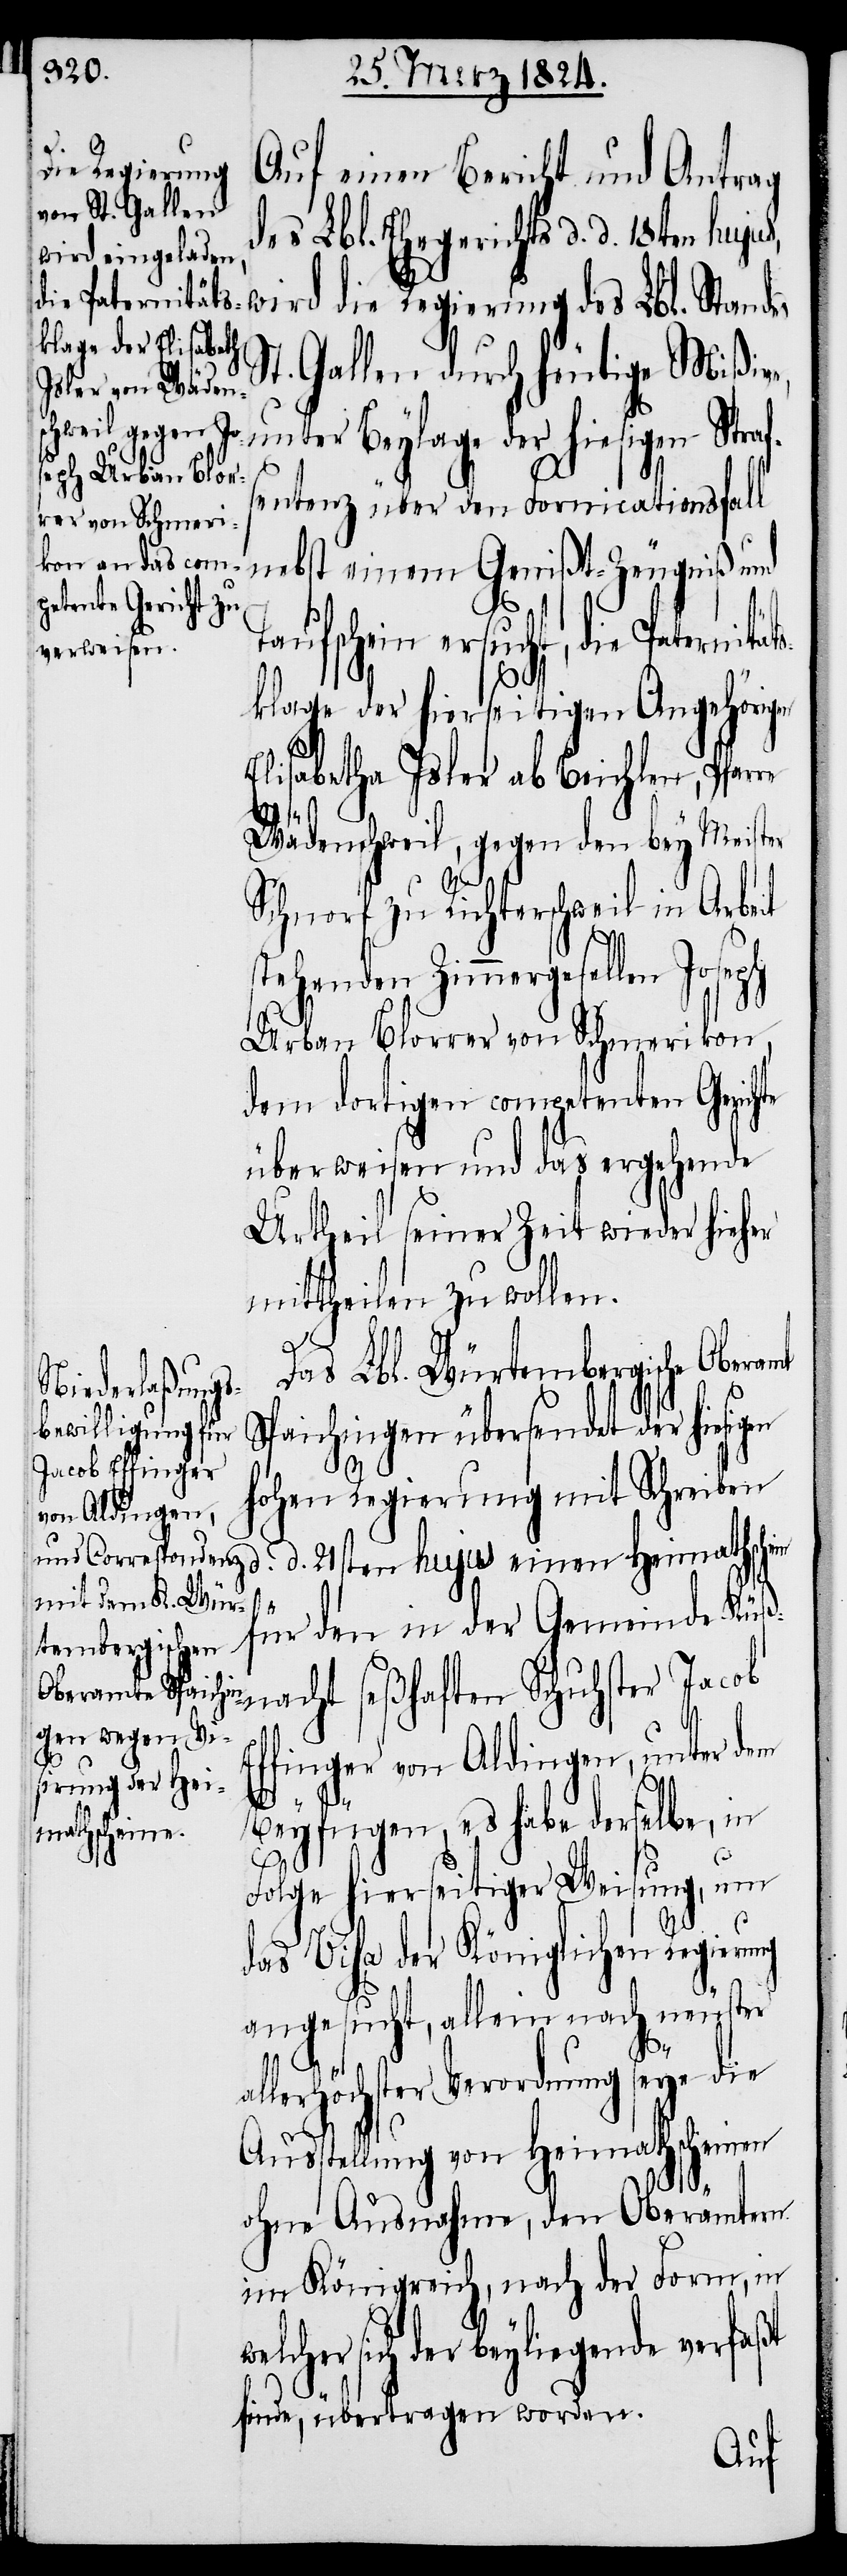
Auf einen Bericht und Antrag
des Lbl. Ehegerichtes d. d. 18ten
wird die Regierung des Lbl. Standes
t. Gallen durch heutige Mißive,
unter Beylage der hiesigen Strafs¬
entenz über den Fornicationsfall
nebst einem Gemißt-Zeugniß und
Taufschein ersucht, die Paternität¬
sklage der hierseitigen Angehörigen
Elisabetha Isler ab Beichten, Pfar¬
Wädenschweil, gegen den bey Meister
Schnorf zu Richterschweil in Arbeit
stehenden Zimmergesellen Joseph
Urban Blorrer von Schmerikon,
dem dortigen competenten Gerichte
überweisen und das ergehende
Urtheil seiner Zeit wieder hieher
mittheilen zu wollen.
Das Lbl. Würtembergische Oberamt
Spaichingen übersendet der hiesig¬
Ef¬
hohen Regierung mit Schreiben
d. d. 21sten hujus einen Heimathsch¬
ein für den in der Gemeinde Küß¬
nacht seßhaften Schuhster Jacob
finger von Aldingen, unter dem
Beyfügen, es habe derselbe, in
Folge hierseitiger Weisung, um
das Visa der Königlichen Regierung
angesucht, allein nach neuster
re
allerhöchster Verordnung seye die
Ausstellung von Heimathscheinen
ohne Ausnahme, den Oberämtern
im Königreich, nach der Form, in
sich der beyliegende verfaßt
finde, übertragen worden.